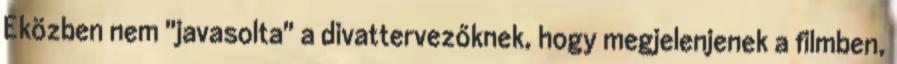
Eközben nem "javasolta" a divattervezőknek, hogy megjelenjenek a filmben,